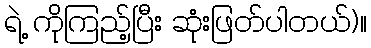
ရဲ့ ကိုကြည့်ပြီး ဆုံးဖြတ်ပါတယ်)။